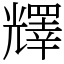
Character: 𠓋